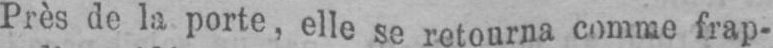
Près de la porte, elle se retourna comme frap-